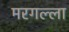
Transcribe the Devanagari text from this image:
मरगल्ला